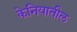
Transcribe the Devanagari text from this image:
केनियातील